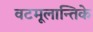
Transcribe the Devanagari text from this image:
वटमूलान्तिके